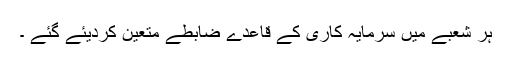
ہر شعبے میں سرمایہ کاری کے قاعدے ضابطے متعین کردیئے گئے ۔